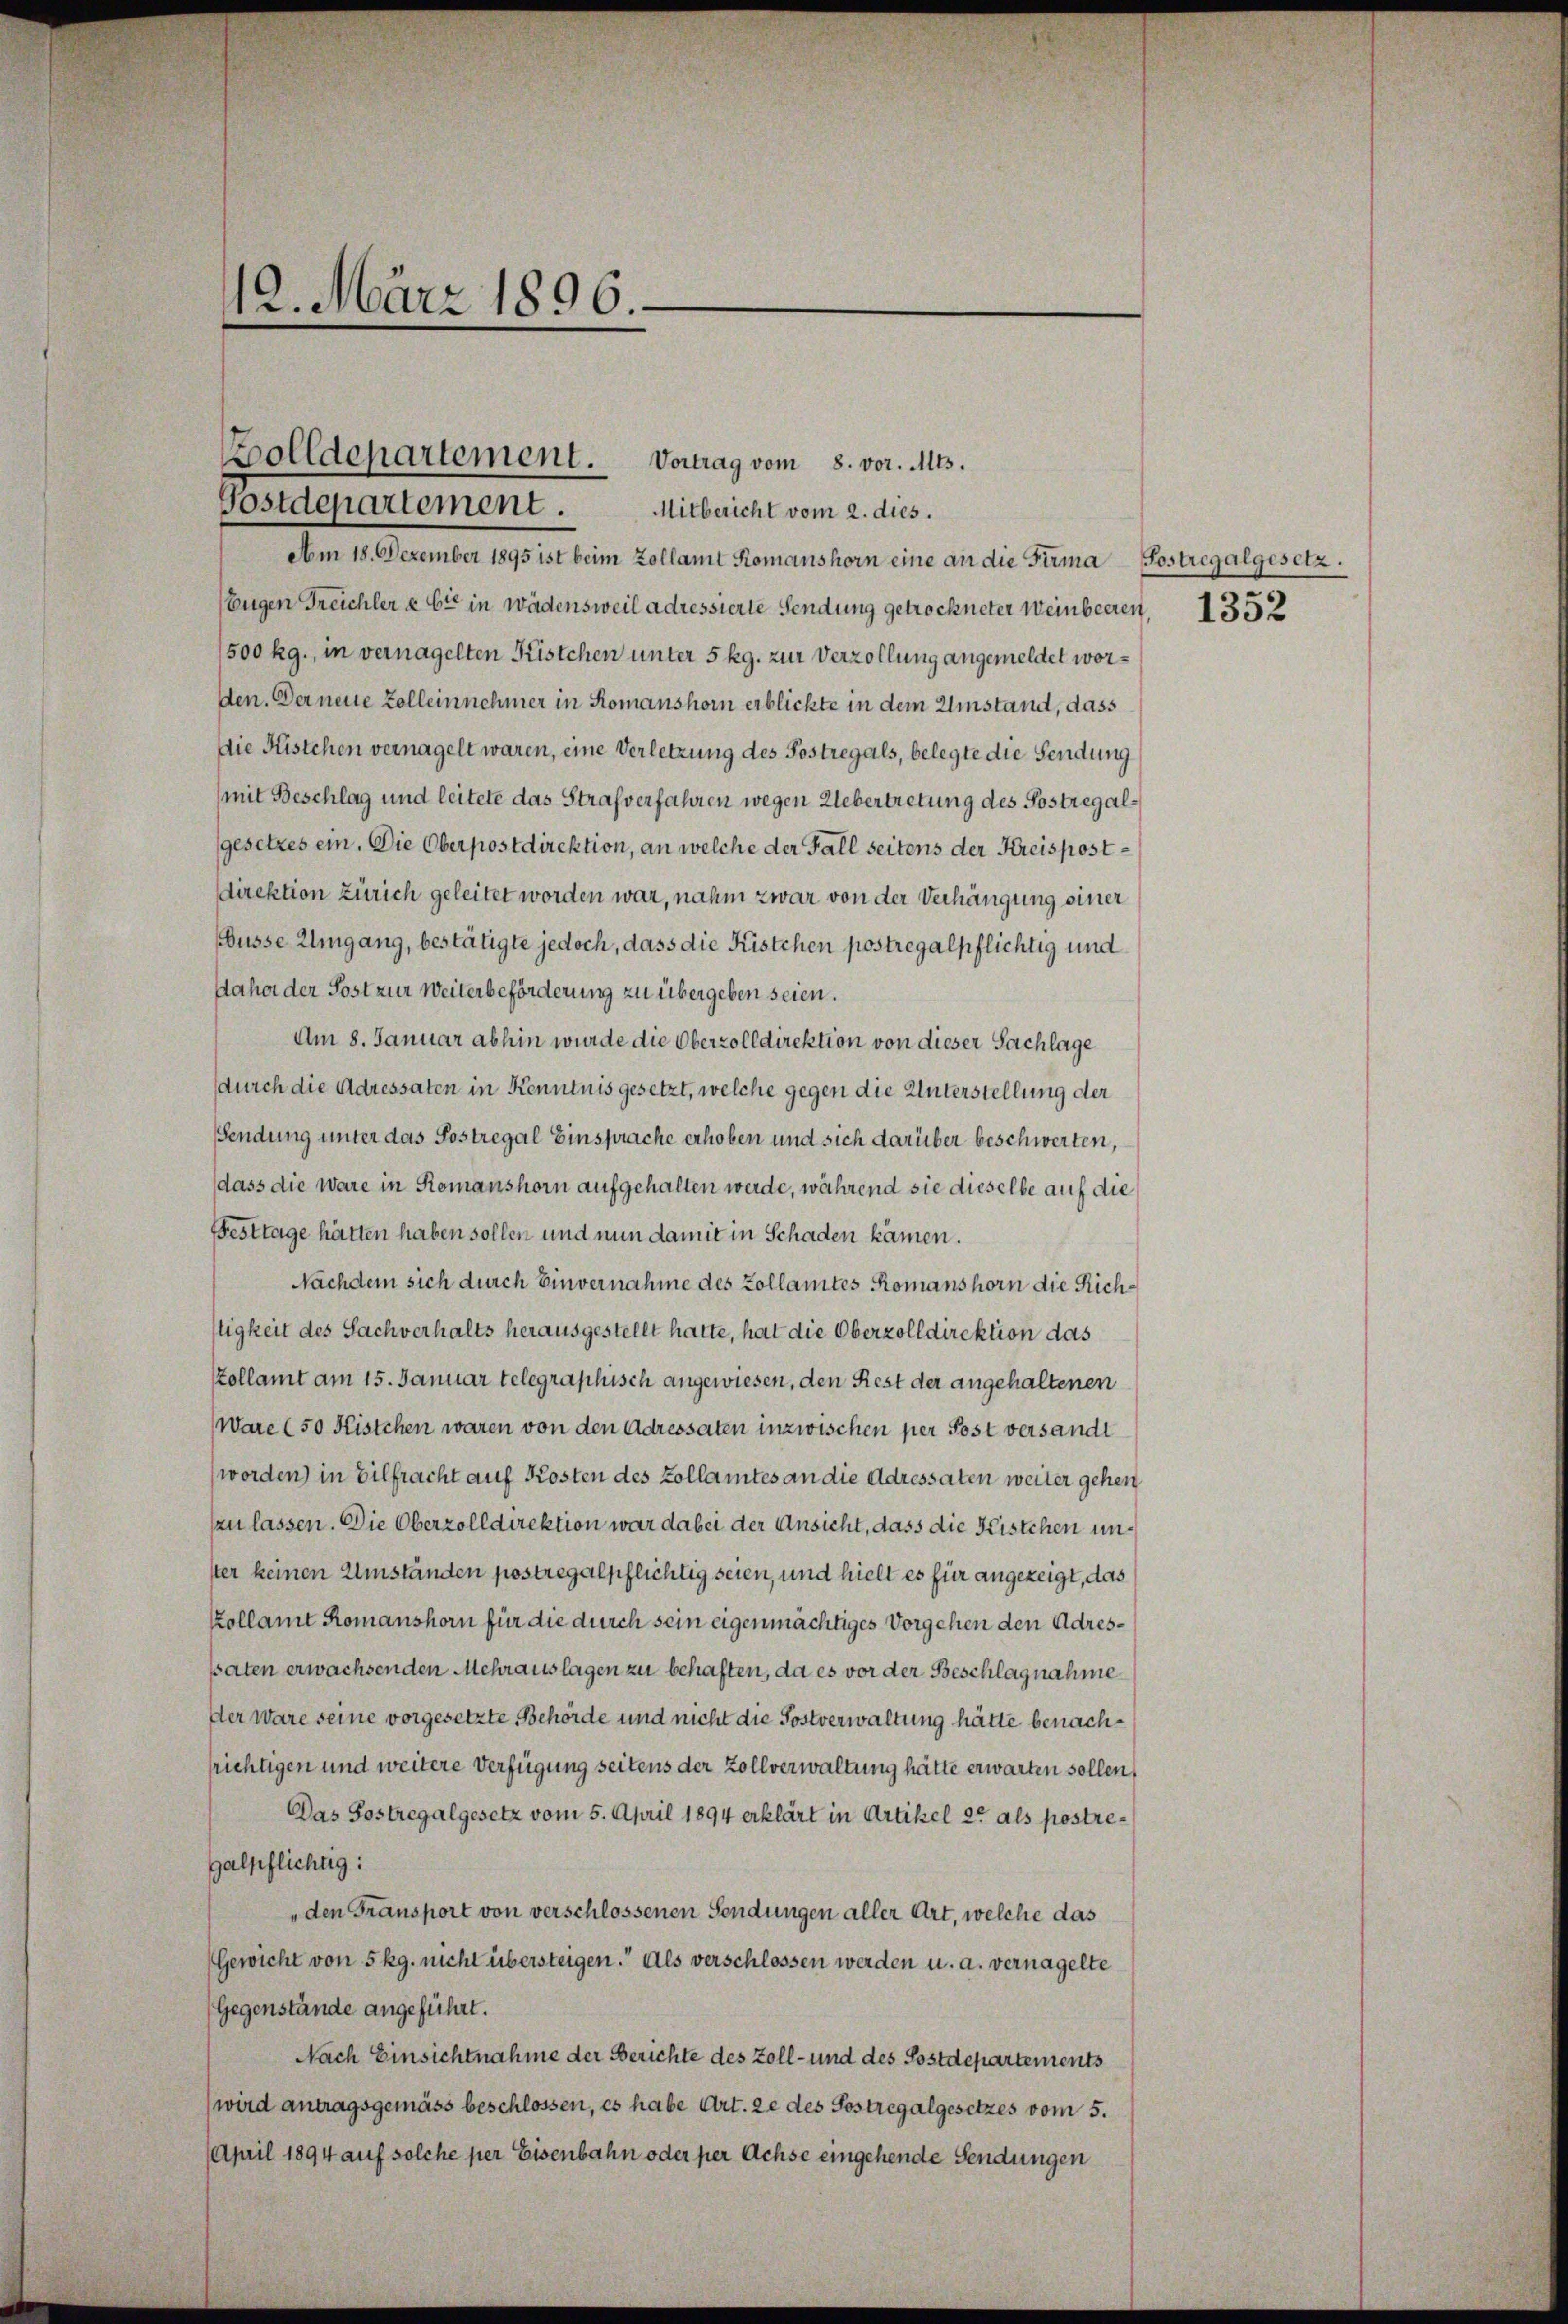
12. März 1896.

Bolldepartement.
Postdepartement. Mitbericht vom 2. dies.

Am 18. Dezember 1895 ist beim Zollamt Romanshorn eine an die Firma Sostregalgesetz.
Eugen Treichler & Cie in Wädensweil adressierte Sendung getrockneter Weinbeeren 1352
500 kg., in vernagelten Kistchen unter 5 kg. zur Verzollung angemeldet worden. Der neue Zolleinnehmer in Romanshorn erblickte in dem Umstant, dass
Die Kistchen vernagelt waren, eine Verletzung des Postregals, belegte die Sendung
mit Beschlag und leitete das Strafverfahren wegen Uebertretung des Postregalgesetzes ein. Die Oberpostdirektion, an welche der Fall seitens der Kreispostdirektion Zürich geleitet worden war, nahm zwar von der Verhängung einer
büsse Umgang, bestätigte jedoch, dass die Kistchen postregalpflichtig und
Jahe der Post zur Weiterbeförderung zu übergeben seien.
Am 8. Januar abhin wurde die Oberzolldirektion von dieser Sachlage
durch die Adressaten in Kenntnis gesetzt, welche gegen die Unterstellung der
sendung unter das Postregal Einsprache erhoben und sich darüber beschwerten,
dass die wäre in Romanshorn aufgehalten werde, während sie dieselbe auf die
Festtage hätten haben sollen und nun damit in Schaden kämen.
Nachdem sich durch Einvernahme des Zollamtes Romanshorn die Richltigkeit des Sachverhalts herausgestellt hatte, hat die Oberzolldirektion das
zollamt am 15. Januar telegraphisch angewiesen, den Rest der angehaltenen
Wäre (50 Kistchen waren von den Adressaten inzwischen per Post versandt
worden) in Eilfracht auf Kosten des Zollamtes an die Adressaten weiter gehen
zu lassen. Die Oberzolldirektion war dabei der Ansicht, dass die Kistchen unster keinen Umständen postregalpflichtig seien, und hielt es für angezeigt, das
Kollamt Romanshorn für die durch sein eigenmächtiges Vorgehen den Adrespaten erwachsenden Mehrauslagen zu behaften, da es vor der Beschlagnahme
der Ware seine vorgesetzte Behörde und nicht die Postverwaltung hätte benachfrichtigen und weitere Verfügung seitens der Zollverwaltung hätte erwarten sollen,
Das Sostregalgesetz vom 5. April 1894 erklärt in Artikel 2. als postre¬
Galpflichtig:
„den Fransport von verschlossenen Sendungen aller Art, welche das
Gewicht von 5 kg. nicht übersteigen. Als verschlossen werden u. a. vernagelte
Gegenstände angeführt.
Nach Einsichtnahme der Berichte des Zoll- und des Postdepartements
wird antragsgemäss beschlossen, es habe Art. ze des Sostregalgesetzes vom 5.
April 1894 auf solche per Eisenbahn oder per Achse eingehende Sendungen

Vortrag vom 8. vor. Mts.